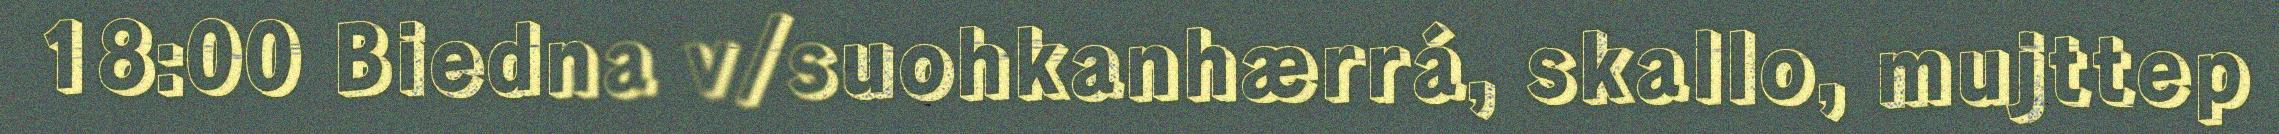
18:00 Biedna v/suohkanhærrá, skallo, mujttep